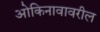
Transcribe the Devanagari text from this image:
ओकिनावावरील